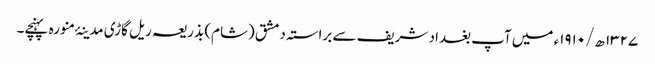
۱۳۲۷ ھ/۱۹۱۰ء میں آپ بغداد شریف سے براستہ دمشق (شام) بذریعہ ریل گاڑی مدینۂ منورہ پہنچے۔